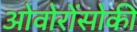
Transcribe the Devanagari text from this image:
ओवोरोंसोकी